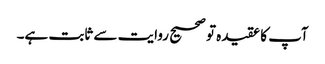
آپ کا عقیدہ تو صحیح روایت سے ثابت ہے۔